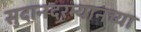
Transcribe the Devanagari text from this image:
सुदानदरम्यानच्या